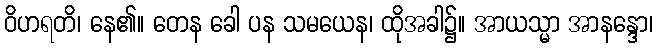
ဝိဟရတိ၊ နေ၏။ တေန ခေါ ပန သမယေန၊ ထိုအခါ၌။ အာယသ္မာ အာနန္ဒော၊